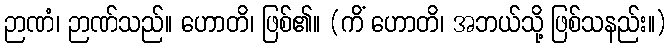
ဉာဏံ၊ ဉာဏ်သည်။ ဟောတိ၊ ဖြစ်၏။ (ကိံ ဟောတိ၊ အဘယ်သို့ ဖြစ်သနည်း။)